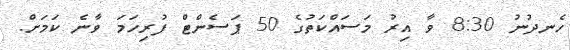
ހެނދުނު 8:30 ވާ އިރު މަސައްކަތުގެ 50 ޕަސެންޓް ފުރިހަމަ ވާނެ ކަމަށް.